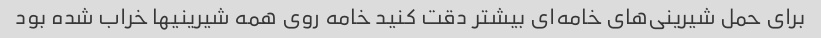
برای حمل شیرینی‌های خامه‌ای بیشتر دقت کنید خامه روی همه شیرینیها خراب شده بود